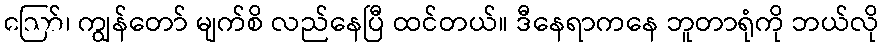
ဪ၊ ကျွန်တော် မျက်စိ လည်နေပြီ ထင်တယ်။ ဒီနေရာကနေ ဘူတာရုံကို ဘယ်လို